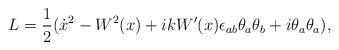
LaTeX: \begin{align*}L=\frac{1}{2}(\dot{x}{}^2-W^2(x)+ikW'(x)\epsilon_{ab}\theta_a\theta_b+i\theta_a\theta_a),\end{align*}